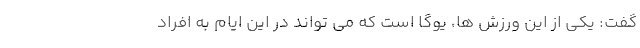
گفت: یکی از این ورزش ها، یوگا است که می تواند در این ایام به افراد